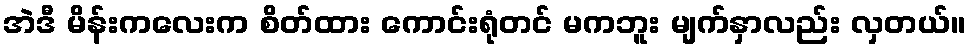
အဲဒီ မိန်းကလေးက စိတ်ထား ကောင်းရုံတင် မကဘူး မျက်နှာလည်း လှတယ်။